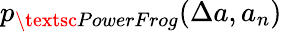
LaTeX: p_{\textsc{PowerFrog}}(\Delta a,a_{n})